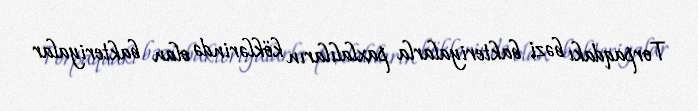
Torpaqdakı bəzi bakteriyalarla paxlalıların köklərində olan bakteriyalar